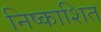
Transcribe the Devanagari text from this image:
निष्काशित